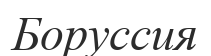
Боруссия